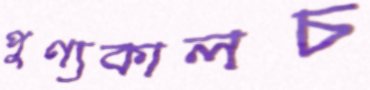
পুণ্যকালচ